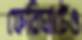
ফেরিঘাটেও